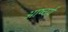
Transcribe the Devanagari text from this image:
आष्चर्य